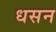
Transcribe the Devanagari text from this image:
धसन